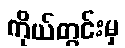
ကိုယ်တွင်းမှ